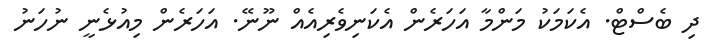
ދި ބެސްޓް. އެކަމަކު މަންމާ އަހަރެން އެކަނިވެރިއެއް ނޫނޭ. އަހަރެން މިއުޅެނީ ނުހަނު